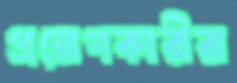
প্রয়োগকারীরা